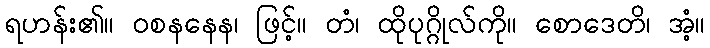
ရဟန်း၏။ ဝစနနေန၊ ဖြင့်။ တံ၊ ထိုပုဂ္ဂိုလ်ကို။ စောဒေတိ၊ အံ့။